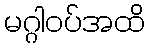
မဂ္ဂါဝပ်အထိ